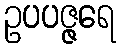
ဥပပဇ္ဇရေ